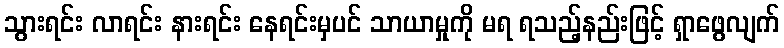
သွားရင်း လာရင်း နားရင်း နေရင်းမှပင် သာယာမှုကို မရ ရသည့်နည်းဖြင့် ရှာဖွေလျက်